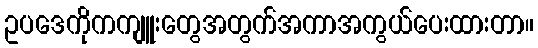
ဥပဒေကိုကကျူးတွေအတွက်အကာအကွယ်ပေးထားတာ။